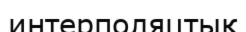
интерполяцтық